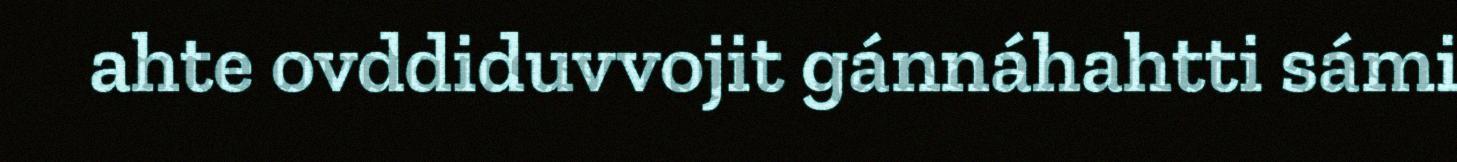
ahte ovddiduvvojit gánnáhahtti sámi